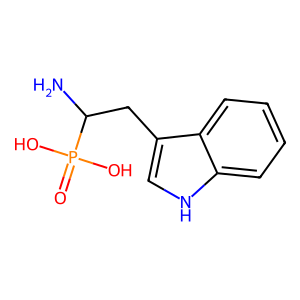
SMILES: NC(Cc1c[nH]c2ccccc12)P(=O)(O)O
Inhibits HIV replication: No